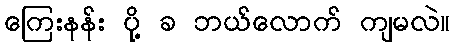
ကြေးနန်း ပို့ ခ ဘယ်လောက် ကျမလဲ။